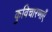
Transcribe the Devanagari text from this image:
कुविचारणाएँ